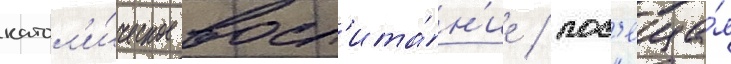
катол'и́ческое восп'ита́н'ие / пос'еща́я